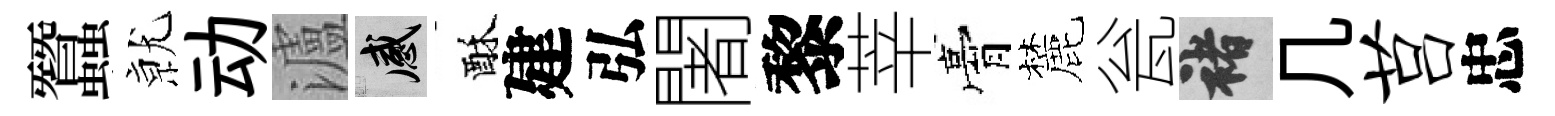
蠶𭕒动瀘感酥建弘闍黎莘膏麓瓮褚几莒忠